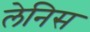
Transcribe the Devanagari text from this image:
लेनिस